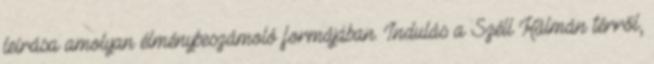
leírása amolyan élménybeszámoló formájában. Indulás a Széll Kálmán térről,